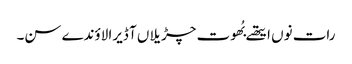
رات نوں ایتھے بُھوت چڑیلاں آ ڈیرا لاؤندے سن۔